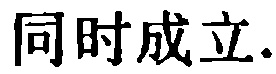
同时成立.